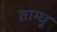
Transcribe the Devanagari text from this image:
ताम्धू